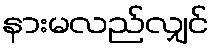
နားမလည်လျှင်